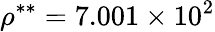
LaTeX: \rho^{**}=7.001\times 10^{2}